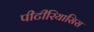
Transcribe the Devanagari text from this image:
पीटीरियासिस